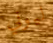
ليوني